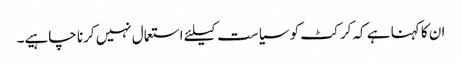
ان کا کہنا ہے کہ کرکٹ کو سیاست کیلئے استعمال نہیں کرنا چاہیے۔